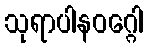
သုရာပါနဝဂ္ဂေါ